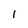
Character: 1